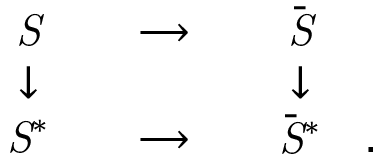
\begin{array} { c c c } { { \it S } } \\ { { \downarrow } } \\ { { { \it S } ^ { * } } } \end{array} \begin{array} { c c c } { { } } & { { \longrightarrow } } & { { } } \\ { { } } & { { } } & { { } } \\ { { } } & { { \longrightarrow } } & { { } } \end{array} \begin{array} { c c c } { { { \bar { \it S } } } } \\ { { \downarrow } } \\ { { { \bar { \it S } } ^ { * } } } \end{array} \begin{array} { c c c } { { } } & { { } } & { { } } \\ { { } } & { { } } & { { } } \\ { { . } } \end{array}